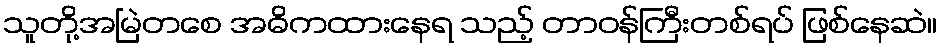
သူတို့အမြဲတစေ အဓိကထားနေရ သည့် တာဝန်ကြီးတစ်ရပ် ဖြစ်နေဆဲ။